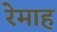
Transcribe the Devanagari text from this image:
रेमाह